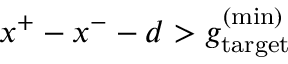
x ^ { + } - x ^ { - } - d > g _ { \mathrm { t a r g e t } } ^ { \mathrm { ( m i n ) } }